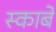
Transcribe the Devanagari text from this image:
स्काबे